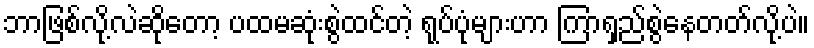
ဘာဖြစ်လို့လဲဆိုတော့ ပထမဆုံးစွဲထင်တဲ့ ရုပ်ပုံများဟာ ကြာရှည်စွဲနေတတ်လို့ပဲ။